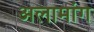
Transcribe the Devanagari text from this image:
अलामांग